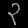
Digit: ၃